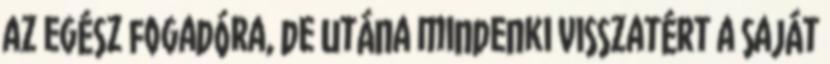
az egész fogadóra, de utána mindenki visszatért a saját